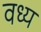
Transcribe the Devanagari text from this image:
वध्य